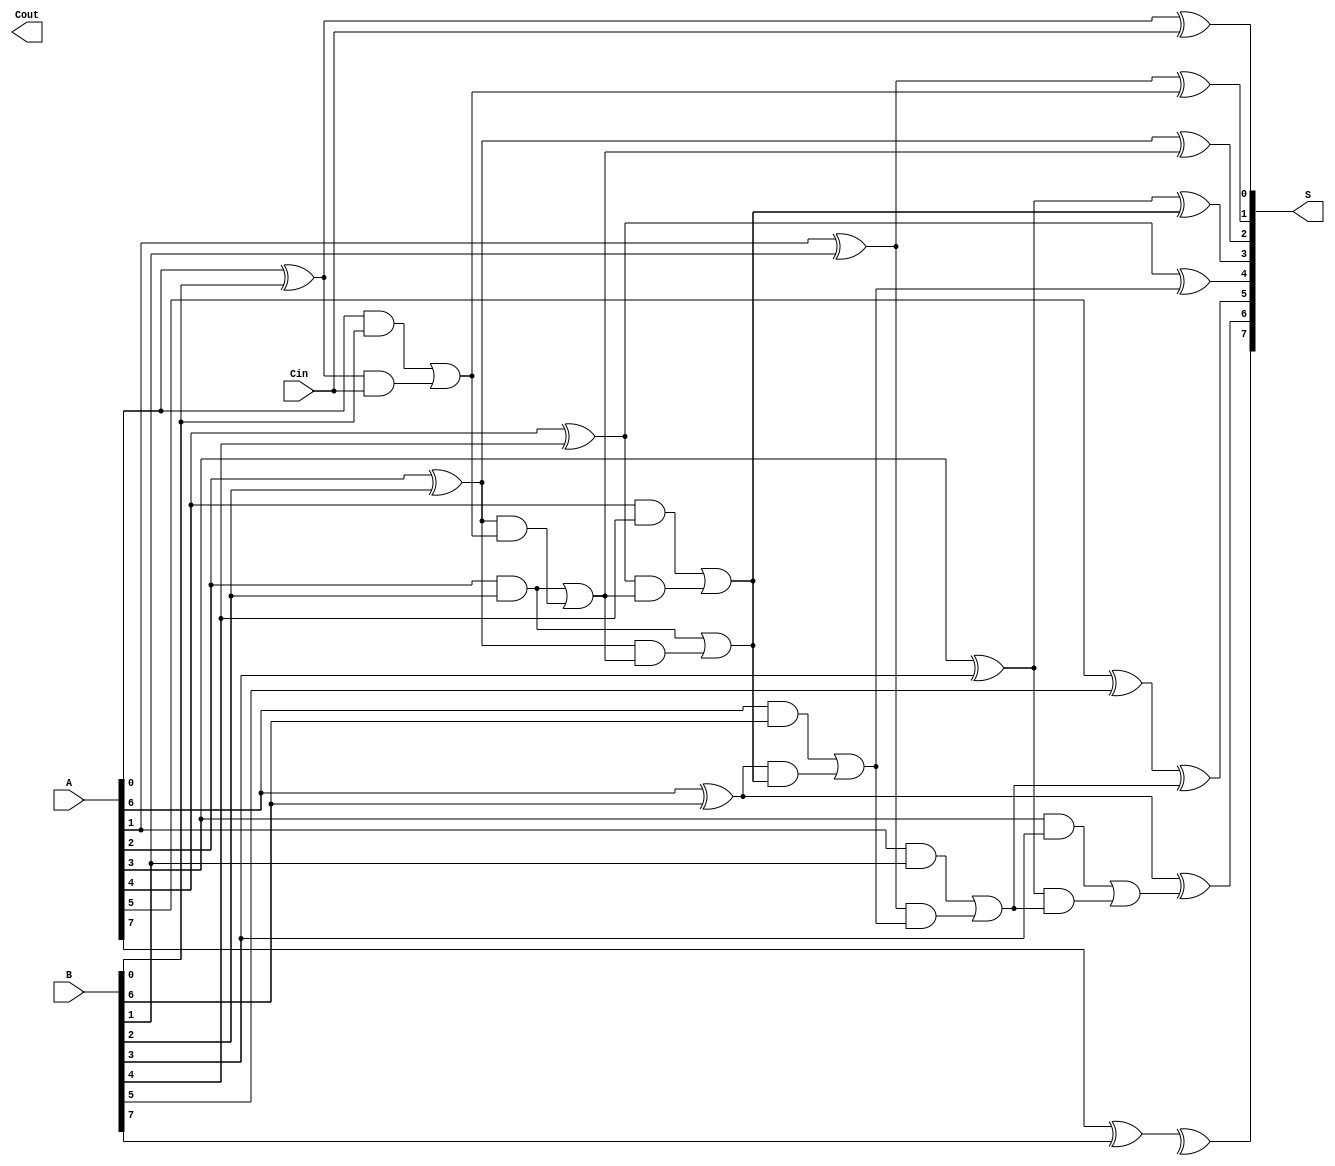
module brent_kung_adder #(parameter n = 8) (
    input  wire [n-1:0] A,   // First n-bit input
    input  wire [n-1:0] B,   // Second n-bit input
    input  wire         Cin,  // Carry input
    output wire [n-1:0] S,    // n-bit sum output
    output wire         Cout   // Carry output
);

    // Generate and propagate signals
    wire [n-1:0] G; // Generate signals
    wire [n-1:0] P; // Propagate signals
    wire [n:0] C;   // Carry signals

    // Generate and Propagate calculations
    genvar i;
    generate
        for (i = 0; i < n; i = i + 1) begin: gen_prop
            assign G[i] = A[i] & B[i]; // Generate
            assign P[i] = A[i] ^ B[i]; // Propagate
        end
    endgenerate

    // Carry signal initialization
    assign C[0] = Cin; // Initial carry is Cin

    // Carry computation using Brent-Kung method
    generate
        // Level 1
        for (i = 0; i < n/2; i = i + 1) begin: level1
            assign C[i+1] = G[2*i] | (P[2*i] & C[i]);
        end

        // Level 2
        for (i = 0; i < n/4; i = i + 1) begin: level2
            assign C[i+1 + n/2] = G[2*i + 1] | (P[2*i + 1] & C[i + n/2]);
        end

        // Level 3
        for (i = 0; i < n/8; i = i + 1) begin: level3
            assign C[i+1 + n/4] = G[2*i + 2] | (P[2*i + 2] & C[i + n/4]);
        end

        // Continue this pattern for higher levels as needed
        // Note: This example assumes n is a power of 2 for simplicity
    endgenerate

    // Final carry output
    assign Cout = C[n];

    // Sum calculation
    generate
        for (i = 0; i < n; i = i + 1) begin: sum_calc
            assign S[i] = P[i] ^ C[i]; // Sum calculation
        end
    endgenerate

endmodule